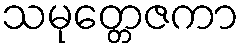
သမုတ္တေဇကာ